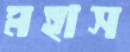
মহাস